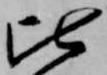
比